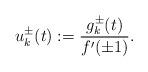
LaTeX: \begin{align*}u_k^{\pm}(t):=\frac{g_k^\pm(t)}{f'(\pm1)}.\end{align*}